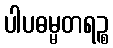
ပါပဓမ္မတရဉ္စ